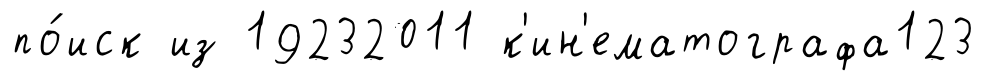
по́иск из 19232011 к'ин'ематографа123